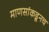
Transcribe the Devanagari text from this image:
माणसांकडूनच